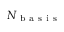
{ N _ { \mathrm { ~ b ~ a ~ s ~ i ~ s ~ } } }